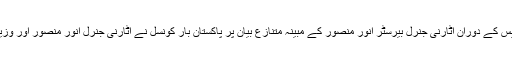
میڈیا رپورٹ کے مطابق سپریم کورٹ میں جسٹس قاضی فائز عیسیٰ کیس کے دوران اٹارنی جنرل بیرسٹر انور منصور کے مبینہ متنازع بیان پر پاکستان بار کونسل نے اٹارنی جنرل انور منصور اور وزیر قانون فروغ نسیم کے خلاف توہین عدالت کی درخواست دائر کی تھی۔